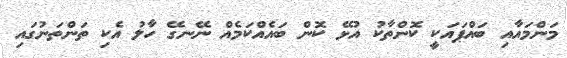
މަންމައާއި ބައްޕައަކީ ކޮންތާކު އުޅޭ ކޮން ބައެއްކަމެއް ނޭނގޭ ހާލު އެކި ތަންތަނުގައި